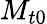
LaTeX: {{M}_{t0}}